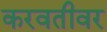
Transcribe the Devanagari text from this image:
करवतीवर